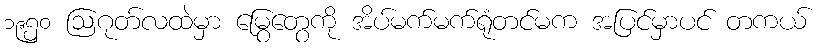
၁၉၅၀ ဩဂုတ်လထဲမှာ မြွေတွေကို အိပ်မက်မက်ရုံတင်မက အပြင်မှာပင် တကယ်